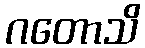
ဂတောသိ